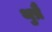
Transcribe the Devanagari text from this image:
थुप्रै